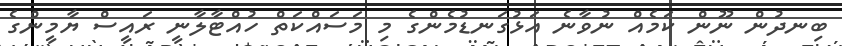
ބިނދުން ނޫން ކަމެއް ނުވާނެ އަޅުގަނޑުމެންގެ މި މަސައްކަތް ހުއްޓާލާނީ ރައީސް ޔާމީންގެ